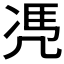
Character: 𠙖